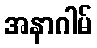
အနာဂါမ်